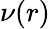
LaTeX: \nu(r)